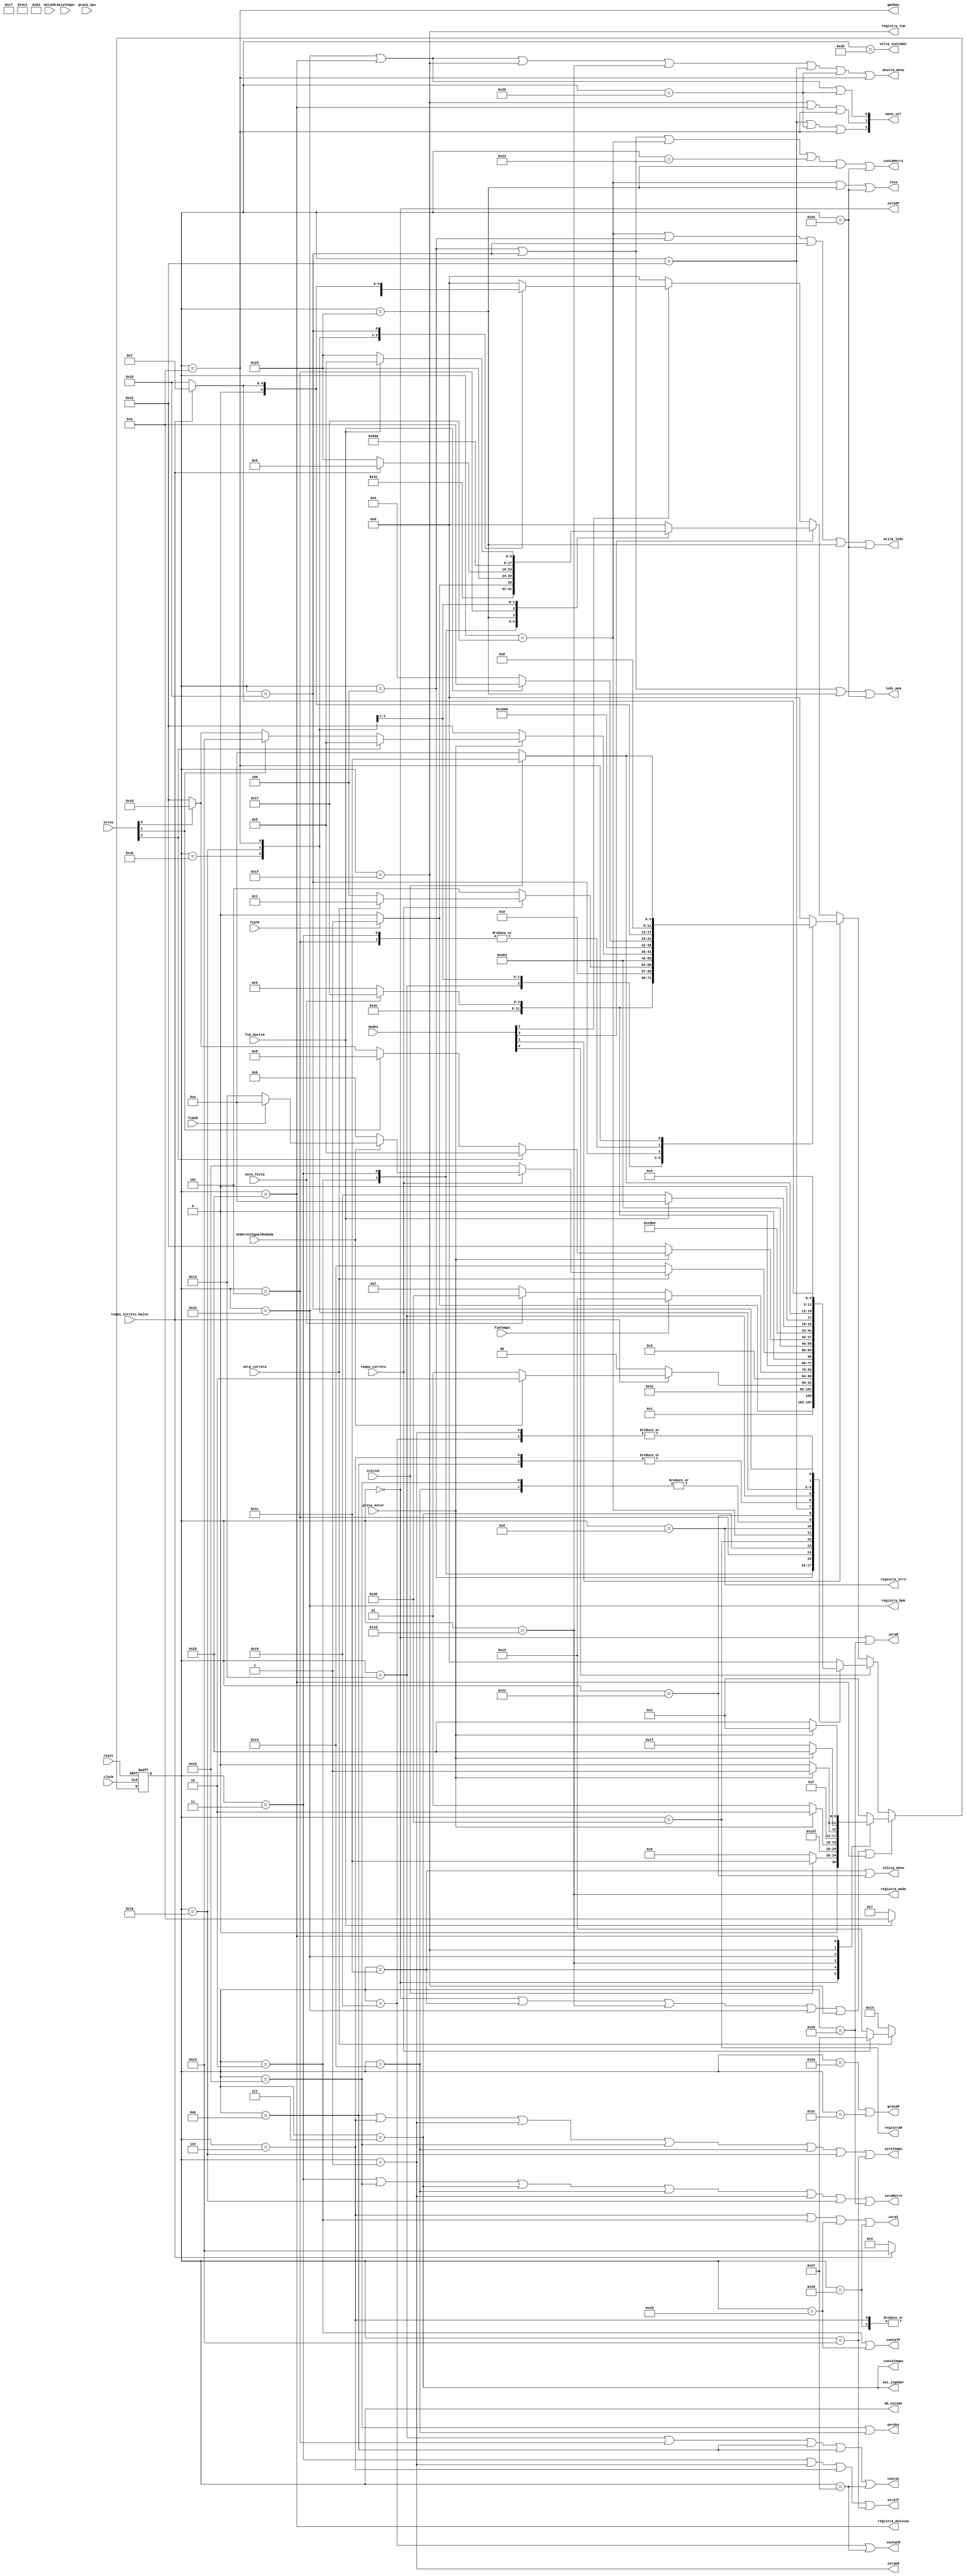
/* --------------------------------------------------------------------
 * Arquivo   : fluxo_dados.v
 * Projeto   : FPGAudio - Piano didtico com FPGA
//------------------------------------------------------------------
// Descricao : Unidade de controle          
//------------------------------------------------------------------
// Revisoes  :
//     Data        Versao  Autor                                        Descricao
//     11/03/2024  1.0     Caio Dourado, Davi Flix, Vinicius Batista   versao inicial
//------------------------------------------------------------------
*/

module unidade_controle #(
    parameter MODO       = 4,
              ERRO       = 3,
              GRAVA_OPS  = 3
) (
    input     clock,
    input     reset,
    input     iniciar,
    
    /* Sinais de condio */
    input                fimTF,
    input                fimCR,
    input                meioCR,

    input                nota_feita,
    input                nota_correta,
    input                tempo_correto,
    input                tempo_correto_baixo,
    
    input                enderecoIgualRodada,
    
    input                fimTempo,
    input                meioTempo,

    input [MODO - 1:0]   modos,
    input [ERRO - 1:0]   erros,
    input [GRAVA_OPS-1:0] grava_ops,

    input fim_musica,

    input press_enter,

    /* Sinais de controle */
    output    zeraC,
    output    contaC,

    output    zeraTF,
    output    contaTF,
    
    output    contaCR,
    output    zeraCR,

    output    contaMetro,
    output    zeraMetro,

    output    contaTempo,
    output    zeraTempo,

    output    registraR,
    output    zeraR,
    output    zeraOP,

    output    leds_mem,
    output    ativa_leds,
    output    toca,
    output    gravaM,

    output    registra_modo,
    output    registra_bpm,
    output    registra_tom,
    output    registra_musicas,
    output    [2:0] menu_sel,
    output    inicia_menu,
    output    registra_erro,
    output    volta_contador,

    /* Sadas */
    output    mostra_menu,
    output    ganhou,
    output    perdeu,
    output    vez_jogador,

    output [5:0] db_estado
);

    // Define estados
    localparam   inicial                 = 6'h00,
                inicializa_elementos    = 6'h01,
                inicio_rodada           = 6'h02,
                mostra                  = 6'h03,
                espera_mostra           = 6'h04,
                mostra_proximo          = 6'h05,
                inicio_nota             = 6'h06,
                espera_nota             = 6'h07,
                compara                 = 6'h09,
                acertou                 = 6'h0A,
                proxima_nota            = 6'h0B,
                incrementa_nota         = 6'h13,
                errou_nota              = 6'h14,
                errou_tempo             = 6'h15,
                toca_nota               = 6'h17,
                mostra_ultima           = 6'h18,
                proxima_rodada          = 6'h19,
                verifica_fim            = 6'h1A,
                atualiza                = 6'h1B,
                iniciar_menu            = 6'h1C,
                espera_modo             = 6'h1D,
                espera_bpm              = 6'h1E,
                espera_tom              = 6'h1F,
                espera_musica           = 6'h20,
                iniciar_menu_erro       = 6'h21,
                menu_erro               = 6'h22,
                espera_livre            = 6'h23,
                prepara_nota            = 6'h24,
                espera_toca             = 6'h25,
                inicia_sem_mostra       = 6'h26,
                proxima_nota_e_roda     = 6'h27,
                prepara_finaliza        = 6'h28,
                menu_grava              = 6'h29,
                fim_grava               = 6'h2A,
                decrementa              = 6'h2B,
                grava                   = 6'h2C,
                inicio_grava            = 6'h2D,
                espera_mostra_toca      = 6'h2E,
                decrementa_nota        = 6'h2F,
                registra                = 6'h30;

    

    // Variaveis de estado
    reg [5:0] Eatual, Eprox;

    // Depurao do estado
    assign db_estado  = Eatual;

    wire modo_grava, modo_sem_apresenta, modo_fresstyle, modo_reprodutor, 
                modo_nota_a_nota, modo_genius, rollback, tocar_preview, volta, finaliza;
    wire tentar_dnv_rep, tentar_dnv, apresenta_ultima;

    assign { rollback, tocar_preview, volta, finaliza } = grava_ops;

    assign { modo_grava, modo_fresstyle, modo_reprodutor, modo_sem_apresenta, 
                modo_nota_a_nota, modo_genius } = modos;

    assign {tentar_dnv_rep, tentar_dnv, apresenta_ultima} = erros;


    // Memoria de estado
    always @(posedge clock or posedge reset) begin
        if (reset)
            Eatual <= inicial;
        else
            Eatual <= Eprox;
    end


    // Logica de proximo estado
    always @* begin
        if (Eatual == inicial || Eatual == iniciar_menu || Eatual == espera_modo || Eatual == espera_bpm ||
                Eatual == espera_tom || Eatual == espera_musica) begin
            case (Eatual)
                inicial:                  Eprox = iniciar ? iniciar_menu : inicial;
                /* MENU */
                iniciar_menu:             Eprox = espera_modo;
                espera_modo:              Eprox = press_enter ? espera_bpm : espera_modo;
                espera_bpm:               Eprox = press_enter ? espera_tom : espera_bpm;
                espera_tom:               Eprox = press_enter ? (modo_fresstyle ? inicializa_elementos : espera_musica) : espera_tom;
                espera_musica:            Eprox = press_enter ? inicializa_elementos : espera_musica;
                default:                  Eprox = inicializa_elementos;
            endcase
        end
        else begin 
        if (modo_genius) begin
            case (Eatual)
                inicializa_elementos:     Eprox = inicio_rodada;
                inicio_rodada:            Eprox = fimTF ? mostra : inicio_rodada;
                mostra:                   Eprox = espera_mostra;
                espera_mostra:            Eprox = tempo_correto_baixo ? (enderecoIgualRodada ? inicio_nota : mostra_proximo) : espera_mostra;
                mostra_proximo:           Eprox = mostra;
                inicio_nota:              Eprox = espera_nota;
                espera_nota:              Eprox = fimTempo ? errou_tempo : (nota_feita ? registra : espera_nota);
                registra:                 Eprox = toca_nota;
                toca_nota:                Eprox = nota_feita ? toca_nota : compara; 
                compara: begin
                    if (!nota_correta) begin
                        Eprox = errou_nota;
                    end
                    else begin // Nota est correta
                        if (!tempo_correto) begin // Nota est correta e tempo no
                            Eprox = errou_tempo;
                        end // Nota e tempo esto corretos
                        else begin
                            if (enderecoIgualRodada) begin
                                Eprox = (fimCR) ? acertou : incrementa_nota;
                            end
                            else begin
                                Eprox = proxima_nota;
                            end
                        end
                    end
                end
                errou_tempo, errou_nota:  Eprox = iniciar_menu_erro;
                iniciar_menu_erro:        Eprox = menu_erro;
                menu_erro:                Eprox = !press_enter ? menu_erro : 
                                                    (tentar_dnv_rep ? inicio_rodada : (tentar_dnv ? inicio_nota : (apresenta_ultima ? mostra_ultima : menu_erro)));
                proxima_nota:             Eprox = espera_nota;
                incrementa_nota:          Eprox = atualiza;
                atualiza:                 Eprox = verifica_fim;
                verifica_fim:             Eprox = fim_musica ? acertou : proxima_rodada;
                acertou:                  Eprox = iniciar ? iniciar_menu : acertou;
                proxima_rodada:           Eprox = inicio_rodada;
                mostra_ultima:            Eprox = tempo_correto_baixo ? espera_nota : mostra_ultima;
                default:                  Eprox = inicial; 
            endcase
        end else if (modo_nota_a_nota) begin
            case(Eatual)
                inicializa_elementos:     Eprox = inicio_rodada;
                inicio_rodada:            Eprox = mostra;
                mostra:                   Eprox = espera_mostra;
                espera_mostra:            Eprox = tempo_correto_baixo ? prepara_nota : espera_mostra;
                prepara_nota:             Eprox = espera_nota;
                espera_nota:              Eprox = nota_feita ? registra : espera_nota;
                registra:                 Eprox = toca_nota;
                toca_nota:                Eprox = nota_feita ? toca_nota : compara;
                compara:                  Eprox = !tempo_correto ? errou_tempo : (!nota_correta ? errou_nota : incrementa_nota);
                errou_tempo, errou_nota:  Eprox = iniciar_menu_erro;
                iniciar_menu_erro:        Eprox = menu_erro;
                menu_erro:                Eprox = !press_enter ? menu_erro : 
                                                    (tentar_dnv_rep ? inicio_rodada : (tentar_dnv ? prepara_nota : (apresenta_ultima ? mostra_ultima : menu_erro)));
                incrementa_nota:          Eprox = atualiza;
                atualiza:                 Eprox = verifica_fim;
                verifica_fim:             Eprox = fim_musica ? acertou : espera_mostra;
                mostra_ultima:            Eprox = tempo_correto_baixo ? espera_nota : mostra_ultima;
                mostra_proximo:           Eprox = espera_mostra;
                acertou:                  Eprox = iniciar ? iniciar_menu : acertou;
                default:                  Eprox = inicial;
            endcase
        end else if (modo_reprodutor) begin
            case(Eatual)
                inicializa_elementos:     Eprox = inicio_rodada;
                inicio_rodada:            Eprox = fimTF ? mostra : inicio_rodada;
                mostra:                   Eprox = espera_toca;
                espera_toca:              Eprox = tempo_correto_baixo ? mostra_proximo : espera_toca;
                mostra_proximo:           Eprox = atualiza;
                atualiza:                 Eprox = verifica_fim;
                verifica_fim:             Eprox = fim_musica ? inicio_rodada : espera_toca;
                default:                  Eprox = inicial;
            endcase
        end else if (modo_sem_apresenta) begin
            case (Eatual)
                inicializa_elementos:     Eprox = inicia_sem_mostra;
                inicia_sem_mostra:        Eprox = espera_nota;
                inicio_rodada:            Eprox = fimTF ? mostra : inicio_rodada;
                mostra:                   Eprox = espera_mostra;
                espera_mostra:            Eprox = tempo_correto_baixo ? (enderecoIgualRodada ? inicio_nota : mostra_proximo) : espera_mostra;
                mostra_proximo:           Eprox = mostra;
                inicio_nota:              Eprox = espera_nota;
                espera_nota:              Eprox = fimTempo ? errou_tempo : (nota_feita ? registra : espera_nota);
                registra:                 Eprox = toca_nota;
                toca_nota:                Eprox = nota_feita ? toca_nota : compara; 
                compara:                  Eprox = !nota_correta ? errou_nota : (!tempo_correto ? errou_tempo : proxima_nota_e_roda);
                errou_tempo, errou_nota:  Eprox = iniciar_menu_erro;
                iniciar_menu_erro:        Eprox = menu_erro;
                menu_erro:                Eprox = !press_enter ? menu_erro : 
                                                    (tentar_dnv_rep ? inicio_rodada : (tentar_dnv ? inicio_nota : (apresenta_ultima ? mostra_ultima : menu_erro)));
                proxima_nota_e_roda:      Eprox = atualiza;
                atualiza:                 Eprox = verifica_fim;
                verifica_fim:             Eprox = fim_musica ? acertou : espera_nota;
                acertou:                  Eprox = iniciar ? iniciar_menu : acertou;
                mostra_ultima:            Eprox = tempo_correto_baixo ? espera_nota : mostra_ultima;
                default:                  Eprox = inicial; 
            endcase
        end else if (modo_grava) begin
            case (Eatual) 
                inicializa_elementos: Eprox = inicio_rodada;
                inicio_rodada:        Eprox = espera_nota;
                espera_nota:          Eprox = nota_feita ? registra : (press_enter ? prepara_finaliza : espera_nota);
                registra:             Eprox = toca_nota;
                toca_nota:            Eprox = nota_feita ? toca_nota : grava;
                grava:                Eprox = proxima_nota_e_roda;
                proxima_nota_e_roda:  Eprox = espera_nota;
				iniciar_menu_erro:    Eprox = menu_grava;
                menu_grava:           Eprox = !press_enter ? menu_grava : (finaliza ? iniciar_menu : 
                                                (tocar_preview ? inicio_grava : 
                                                (rollback ? decrementa : 
                                                (volta ? decrementa_nota : menu_grava))));
                prepara_finaliza:     Eprox = fim_grava;
                fim_grava:            Eprox = iniciar_menu_erro;
                decrementa:           Eprox = espera_nota;
                inicio_grava:         Eprox = fimTF ? mostra : inicio_grava;
                decrementa_nota:     Eprox = espera_nota;
                mostra:               Eprox = espera_mostra_toca;
                espera_mostra_toca:   Eprox = tempo_correto_baixo ? (fim_musica ? menu_grava : mostra_proximo) : espera_mostra_toca;
                mostra_proximo:       Eprox = mostra;
                default:              Eprox = inicial;
            endcase
        end else if (modo_fresstyle) begin
            case (Eatual) 
                inicializa_elementos:     Eprox = espera_livre; 
                espera_livre:             Eprox = nota_feita ? registra : espera_livre;
                registra:                 Eprox = toca_nota;
                toca_nota:                Eprox = nota_feita ? toca_nota : espera_livre;
                default:                  Eprox = espera_livre;
            endcase
        end
        else begin
            Eprox = inicial;
        end
    end
    end

    // Logica de saida (maquina Moore)
    assign zeraR            = (Eatual == inicial || 
                               Eatual == prepara_finaliza);

    assign zeraOP           = (Eatual == inicial);

    assign zeraCR           = (Eatual == inicializa_elementos);

    assign zeraC            = (Eatual == inicio_nota ||
                               Eatual == inicio_rodada ||
                               Eatual == inicio_grava ||
                               Eatual == inicia_sem_mostra);

    assign zeraTempo        = (Eatual == proxima_nota || 
                               Eatual == inicio_nota || 
                               Eatual == inicializa_elementos || 
                               Eatual == errou_tempo || 
                               Eatual == errou_nota || 
                               Eatual == verifica_fim ||
                               Eatual == prepara_nota);

    assign zeraTF           = (Eatual == mostra || 
                               Eatual == inicializa_elementos || 
                               Eatual == inicio_nota ||
                               Eatual == prepara_nota);

    assign contaTF          = (Eatual == inicio_rodada ||
                               Eatual == inicio_grava);

    assign contaC           = (Eatual == incrementa_nota || 
                               Eatual == mostra_proximo || 
                               Eatual == proxima_nota || 
                               Eatual == proxima_nota ||
                               Eatual == proxima_nota_e_roda);

    assign contaTempo       = (Eatual == espera_nota);

    assign vez_jogador      = (Eatual == espera_nota);

    assign registraR        = (Eatual == registra);

    assign contaCR          = (Eatual == proxima_rodada ||
                               Eatual == proxima_nota_e_roda);

    assign ganhou           = (Eatual == acertou);

    assign perdeu           = (Eatual == errou_tempo || 
                               Eatual == errou_nota);

    assign leds_mem         = (Eatual == espera_mostra || 
                               Eatual == mostra_ultima ||
                               Eatual == espera_toca ||
                               Eatual == espera_mostra_toca);

    assign ativa_leds       = (Eatual == toca_nota || 
                               Eatual == espera_mostra || 
                               Eatual == mostra_ultima || 
                               Eatual == espera_toca ||
                               Eatual == espera_mostra_toca);

    assign toca             = (Eatual == toca_nota || 
                               Eatual == espera_toca ||
                               Eatual == espera_mostra_toca);

    assign contaMetro       = (Eatual == mostra_ultima || 
                               Eatual == espera_mostra || 
                               Eatual == toca_nota ||
                               Eatual == espera_livre || 
                               Eatual == espera_toca ||
                               Eatual == espera_mostra_toca);

    assign zeraMetro        = (Eatual == mostra || 
                               Eatual == errou_tempo || 
                               Eatual == espera_nota || 
                               Eatual == errou_nota || 
                               Eatual == inicializa_elementos || 
                               Eatual == verifica_fim ||
                               Eatual == prepara_finaliza);

    assign gravaM           = (Eatual == fim_grava ||
                               Eatual == grava);

    assign inicia_menu      = (Eatual == iniciar_menu || 
                               Eatual == iniciar_menu_erro);

    assign menu_sel[0]      = (Eatual == espera_bpm || 
                               Eatual == espera_musica ||
										 Eatual == menu_grava);

    assign menu_sel[1]      = (Eatual == espera_tom || 
                               Eatual == espera_musica ||
                               Eatual == acertou);

    assign menu_sel[2]      = (Eatual == menu_erro || Eatual == menu_grava || Eatual == acertou);

    assign registra_bpm     = (Eatual == espera_bpm);

    assign registra_modo    = (Eatual == espera_modo);

    assign registra_tom     = (Eatual == espera_tom);

    assign registra_musicas = (Eatual == espera_musica);

    assign mostra_menu      = (Eatual == espera_musica ||
                               Eatual == espera_bpm ||
                               Eatual == espera_tom ||
                               Eatual == espera_modo ||
                               Eatual == menu_erro || 
                               Eatual == menu_grava ||
                               Eatual == acertou);

    assign registra_erro    = ( Eatual == compara );

    assign volta_contador   = ( Eatual == decrementa);

endmodule